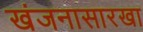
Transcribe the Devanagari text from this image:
खंजनासारखा